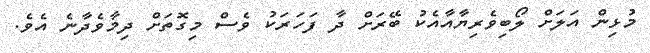
މުޅިން އަލަށް ލޯބިވެރިޔާއާއެކު ބޭރަށް ދާ ފަހަރަކު ވެސް މިގޮތަށް ދިމާވެދާނެ އެވެ.